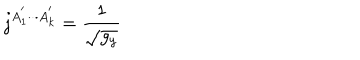
LaTeX: j ^ { A _ { 1 } ^ { ^ { \prime } } \cdot \cdot \cdot A _ { k } ^ { ^ { \prime } } } = \frac 1 { \sqrt { g _ { y } } }